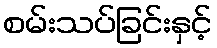
စမ်းသပ်ခြင်းနှင့်